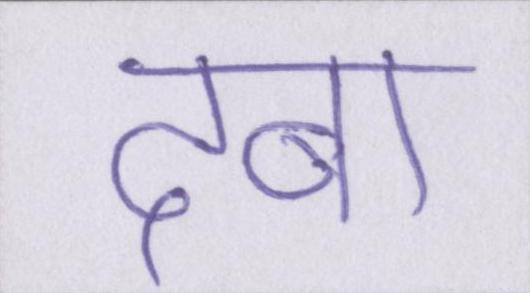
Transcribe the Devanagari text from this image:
दबा